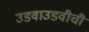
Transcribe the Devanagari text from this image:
उडवाउडवीची